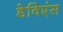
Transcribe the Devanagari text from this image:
डेविएंस